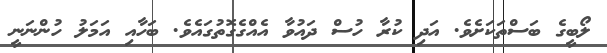
ލޯބީގެ ބަސްތަކަށެވެ. އަދި ކުރާ ހުސް ދައުވާ އެއްގެގޮތުގައެވެ. ބަހާއި އަމަލު ހުންނަނީ